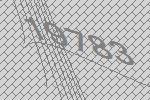
19783